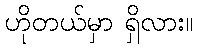
ဟိုတယ်မှာ ရှိလား။